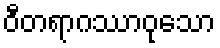
ဝီတရာဂဿာဝုသော